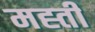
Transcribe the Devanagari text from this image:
मह्ती